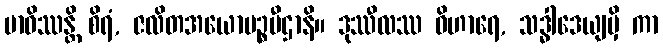
ဗာဓိဿန္တိ စိရံ, ဇလိတအယောမဉ္စပီဌာနိ။ ဒုဿီလဿ ဝိဟာရေ, သဒ္ဓါဒေယျမှိ ကာ